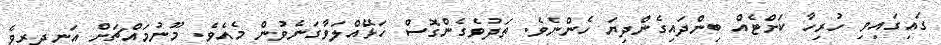
ގައިގައިވި ހުރިހާ ކަށްޓެއް ބިންދައިގެންދިޔަ ހެންނެވެ. ތަދުވެގެންގޮސް ހަޅޭއްލަވާގަނެވުން މެއެވެ. މޫނުމައްޗަށް އަނދިރިވެ